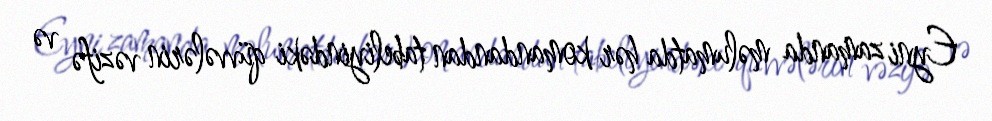
Eyni zamanda məlumatda hər komandandan tabeliyindəki qüvvələrin vəzifə və